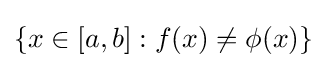
\{x\in [a,b]:f(x)\neq \phi (x)\}